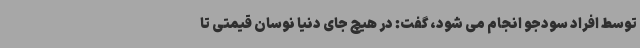
توسط افراد سودجو انجام می شود، گفت: در هیچ جای دنیا نوسان قیمتی تا